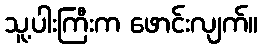
သူ့ပါးကြီးက ဖောင်းလျက်။